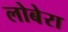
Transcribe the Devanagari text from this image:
लोबेरा